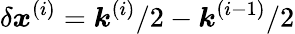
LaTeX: \delta\boldsymbol{x}^{(i)}=\boldsymbol{k}^{(i)}/2-\boldsymbol{k}^{(i-1)}/2